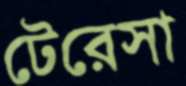
টেরেসা